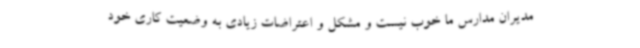
مدیران مدارس ما خوب نیست و مشکل و اعتراضات زیادی به وضعیت کاری خود